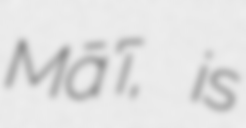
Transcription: Mā'ī, is